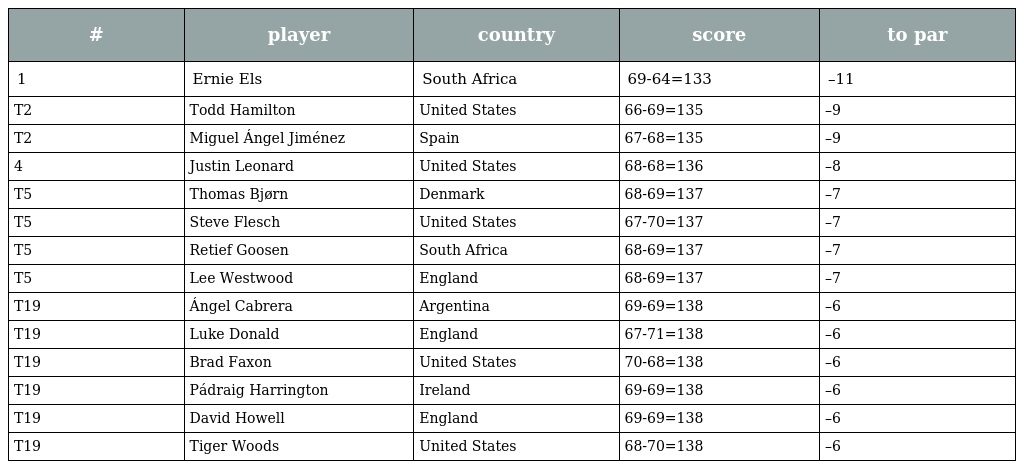
| # | player | country | score | to par |
 | --- | --- | --- | --- | --- |
 | 1 | Ernie Els | South Africa | 69-64=133 | –11 |
 | T2 | Todd Hamilton | United States | 66-69=135 | –9 |
 | T2 | Miguel Ángel Jiménez | Spain | 67-68=135 | –9 |
 | 4 | Justin Leonard | United States | 68-68=136 | –8 |
 | T5 | Thomas Bjørn | Denmark | 68-69=137 | –7 |
 | T5 | Steve Flesch | United States | 67-70=137 | –7 |
 | T5 | Retief Goosen | South Africa | 68-69=137 | –7 |
 | T5 | Lee Westwood | England | 68-69=137 | –7 |
 | T19 | Ángel Cabrera | Argentina | 69-69=138 | –6 |
 | T19 | Luke Donald | England | 67-71=138 | –6 |
 | T19 | Brad Faxon | United States | 70-68=138 | –6 |
 | T19 | Pádraig Harrington | Ireland | 69-69=138 | –6 |
 | T19 | David Howell | England | 69-69=138 | –6 |
 | T19 | Tiger Woods | United States | 68-70=138 | –6 |